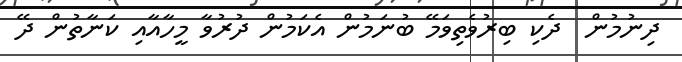
ދިނުމުން  ދެކި ބިރުވެތިވަމޭ ބުނަމުން އެކަމުން ދުރުވާ މީހާއާއި ކަނާތުން ދޭ